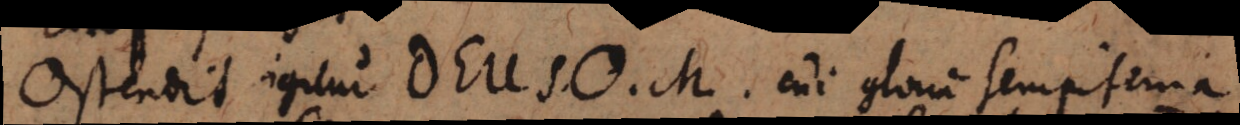
Ostendit igitur DEUS O. M. cui gloria sempiterna